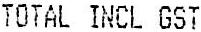
TOTAL INCL GST